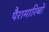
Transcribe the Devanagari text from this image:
पैरामारिबो